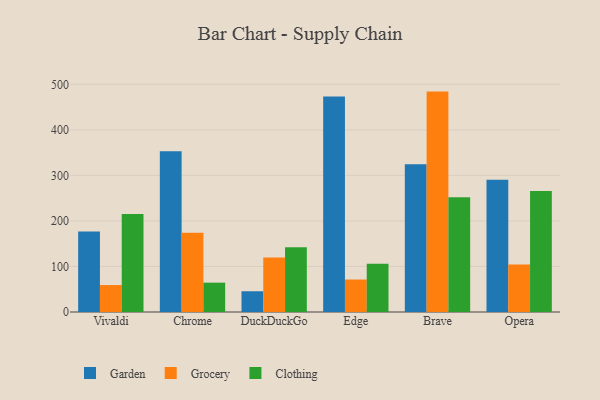
{"axis": {"x": "Browser", "y": "Active Users"}, "legend": ["Clothing", "Garden", "Grocery"], "data": [{"x": "Vivaldi", "y": 177.0, "type": "Garden"}, {"x": "Vivaldi", "y": 59.2, "type": "Grocery"}, {"x": "Vivaldi", "y": 215.2, "type": "Clothing"}, {"x": "Chrome", "y": 353.1, "type": "Garden"}, {"x": "Chrome", "y": 174.2, "type": "Grocery"}, {"x": "Chrome", "y": 64.4, "type": "Clothing"}, {"x": "DuckDuckGo", "y": 45.6, "type": "Garden"}, {"x": "DuckDuckGo", "y": 119.7, "type": "Grocery"}, {"x": "DuckDuckGo", "y": 142.2, "type": "Clothing"}, {"x": "Edge", "y": 473.4, "type": "Garden"}, {"x": "Edge", "y": 71.3, "type": "Grocery"}, {"x": "Edge", "y": 106.1, "type": "Clothing"}, {"x": "Brave", "y": 324.4, "type": "Garden"}, {"x": "Brave", "y": 484.0, "type": "Grocery"}, {"x": "Brave", "y": 252.1, "type": "Clothing"}, {"x": "Opera", "y": 290.4, "type": "Garden"}, {"x": "Opera", "y": 104.5, "type": "Grocery"}, {"x": "Opera", "y": 265.5, "type": "Clothing"}]}